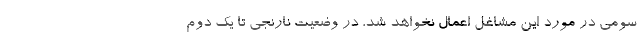
سومی در مورد این مشاغل اعمال نخواهد شد، در وضعیت نارنجی تا یک دوم